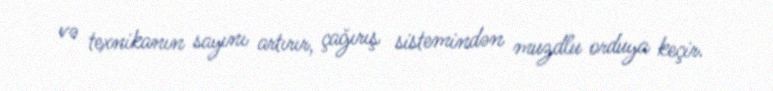
və texnikanın sayını artırır, çağırış sistemindən muzdlu orduya keçir.